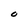
Character: O